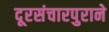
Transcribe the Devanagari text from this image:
दूरसंचारपुराने